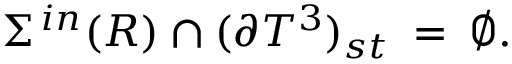
\Sigma ^ { \, i n } ( R ) \cap ( \partial { T } ^ { 3 } ) _ { s t } \: = \: \emptyset .